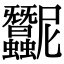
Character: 𧖛